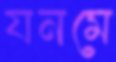
যনমে